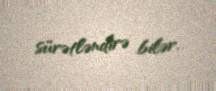
sürətləndirə bilər.